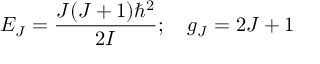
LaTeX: E _ { J } = { \frac { J ( J + 1 ) \hbar ^ { 2 } } { 2 I } } ; \quad g _ { J } = 2 J + 1